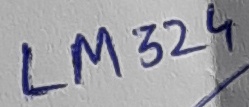
Text: LM324